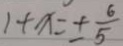
1 + x = \pm \frac { 6 } { 5 }